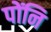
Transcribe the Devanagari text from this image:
पोंनि